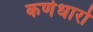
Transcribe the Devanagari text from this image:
कर्णधारो